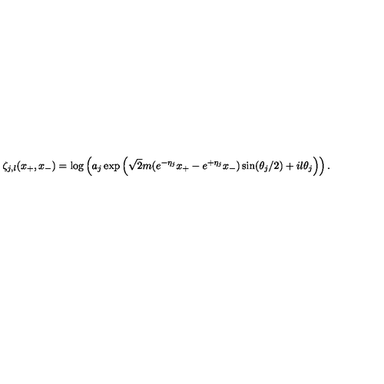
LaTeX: \zeta _ { j , l } ( x _ { + } , x _ { - } ) = \log \left( a _ { j } \exp \left( \sqrt { 2 } m ( e \sp { - \eta _ { j } } x _ { + } - e \sp { + \eta _ { j } } x _ { - } ) \sin ( \theta _ { j } / 2 ) + i l \theta _ { j } \right) \right) .